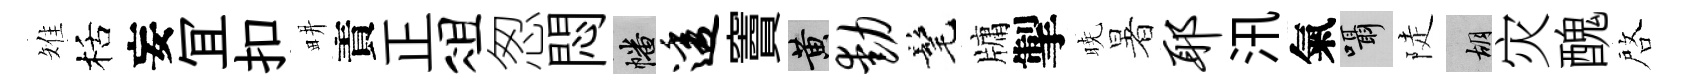
雉栝妄冝扣畊責正俎怱悶幡透竇黄动髦牗掣暁暑耶汛氣囁陡胡灾醜啓